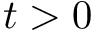
t > 0